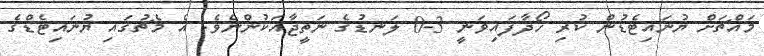
މައްޗަށް ޔުނައިޓެޑުން ކުރި ހޯދާފައިވަނީ 3-0 ލަނޑުގެ ނަތީޖާއަކުންނެވެ. އެ މެޗުގައި ޔުނައިޓެޑްގެ